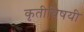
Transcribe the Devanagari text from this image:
कृतीविषयी